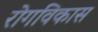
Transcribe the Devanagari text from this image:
रोगविकास